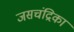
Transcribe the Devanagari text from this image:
जसचंद्रिका